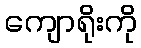
ကျောရိုးကို